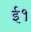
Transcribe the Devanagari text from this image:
ई१